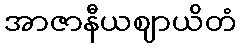
အာဇာနီယဈာယိတံ